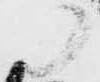
に